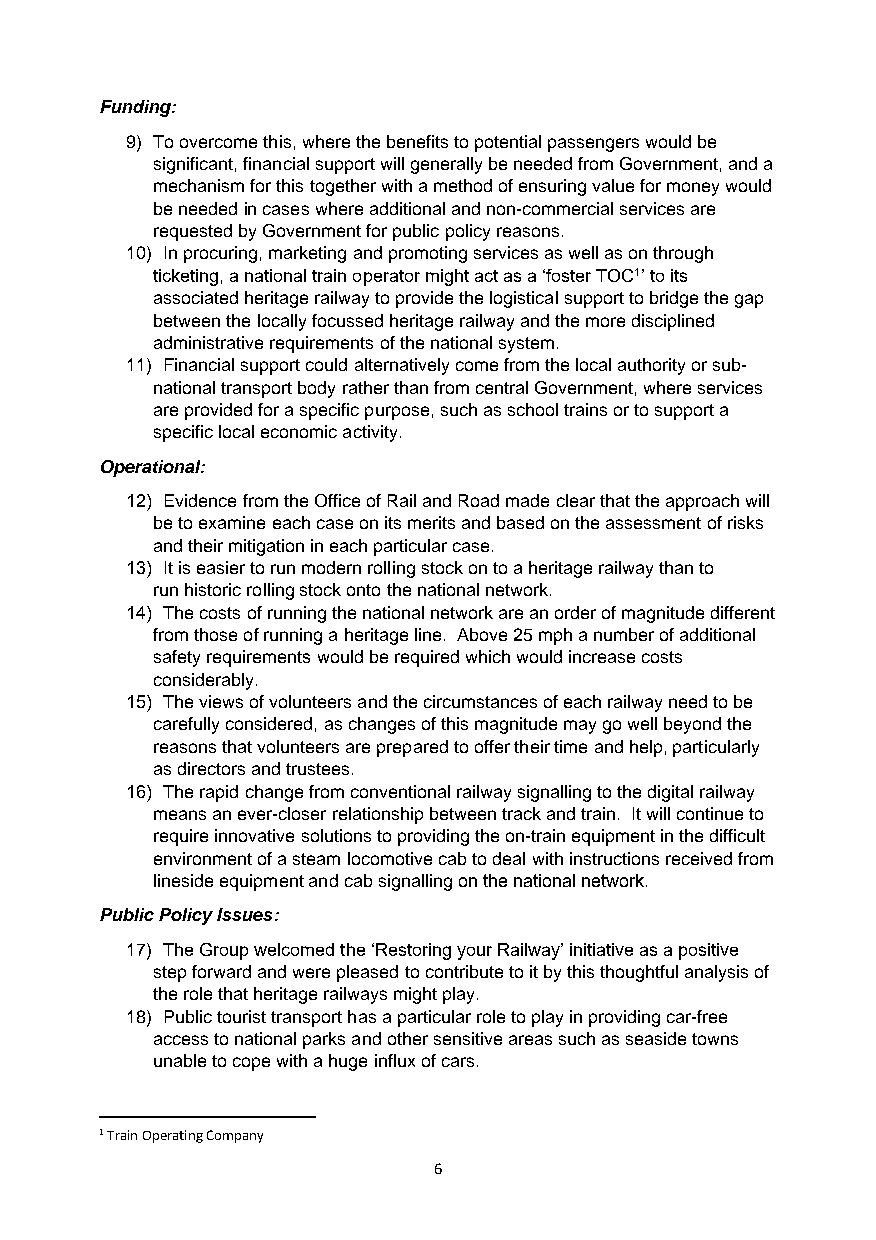
Funding:
 9) To overcome this, where the benefits to potential passengers would be
 significant, financial support will generally be needed from Government, and a
 mechanism for this together with a method of ensuring value for money would
 be needed in cases where additional and non-commercial services are
 requested by Government for public policy reasons.
 10) In procuring, marketing and promoting services as well as on through
 ticketing, a national train operator might act as a ‘foster TOC1’ to its
 associated heritage railway to provide the logistical support to bridge the gap
 between the locally focussed heritage railway and the more disciplined
 administrative requirements of the national system.
 11) Financial support could alternatively come from the local authority or sub-
 national transport body rather than from central Government, where services
 are provided for a specific purpose, such as school trains or to support a
 specific local economic activity.
 Operational:
 12) Evidence from the Office of Rail and Road made clear that the approach will
 be to examine each case on its merits and based on the assessment of risks
 and their mitigation in each particular case.
 13) It is easier to run modern rolling stock on to a heritage railway than to
 run historic rolling stock onto the national network.
 14) The costs of running the national network are an order of magnitude different
 from those of running a heritage line. Above 25 mph a number of additional
 safety requirements would be required which would increase costs
 considerably.
 15) The views of volunteers and the circumstances of each railway need to be
 carefully considered, as changes of this magnitude may go well beyond the
 reasons that volunteers are prepared to offer their time and help, particularly
 as directors and trustees.
 16) The rapid change from conventional railway signalling to the digital railway
 means an ever-closer relationship between track and train. It will continue to
 require innovative solutions to providing the on-train equipment in the difficult
 environment of a steam locomotive cab to deal with instructions received from
 lineside equipment and cab signalling on the national network.
 Public Policy Issues:
 17) The Group welcomed the ‘Restoring your Railway’ initiative as a positive
 step forward and were pleased to contribute to it by this thoughtful analysis of
 the role that heritage railways might play.
 18) Public tourist transport has a particular role to play in providing car-free
 access to national parks and other sensitive areas such as seaside towns
 unable to cope with a huge influx of cars.
 1 Train Operating Company
 6